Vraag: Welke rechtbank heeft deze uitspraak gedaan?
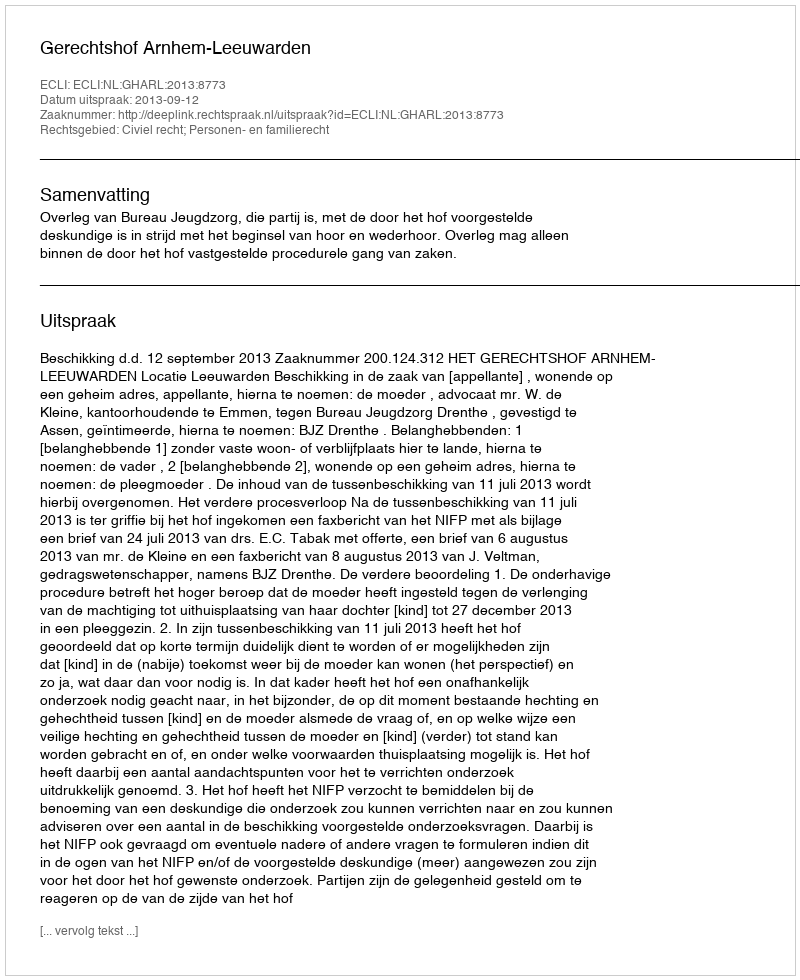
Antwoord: Gerechtshof Arnhem-Leeuwarden